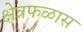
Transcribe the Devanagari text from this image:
क्षेत्रफळास